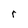
Character: r